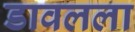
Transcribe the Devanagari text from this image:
डावलला